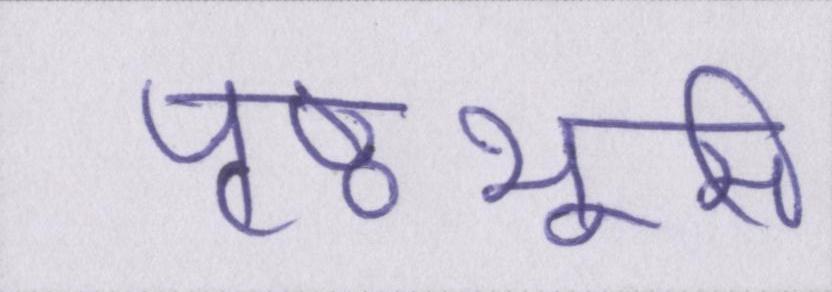
पृष्ठभूमि